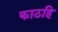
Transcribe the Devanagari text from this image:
काठहि